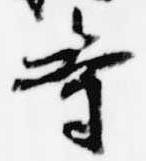
寺